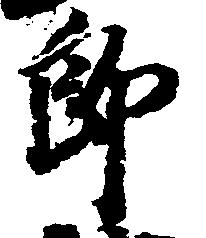
郎